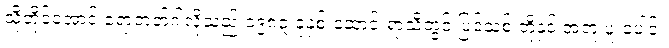
သို့တိုင်အောင် ရောဘတ်ဂါလိုသည် ၁၉၈၃ ခုနှစ် ဆောင်းရာသီတွင် ပြင်သစ် တို့နှင့် အတူ ပူးပေါင်း